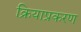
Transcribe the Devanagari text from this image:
क्रियाप्रकरण